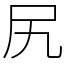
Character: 尻